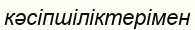
кәсіпшіліктерімен